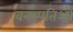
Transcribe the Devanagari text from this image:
वनस्पतिओं